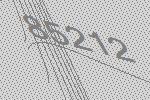
85212